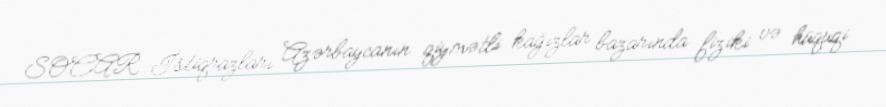
SOCAR İstiqrazları Azərbaycanın qiymətli kağızlar bazarında fiziki və hüquqi